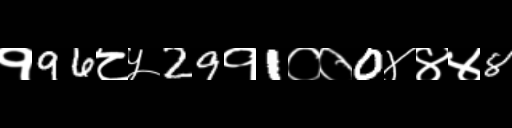
Text: १96८५29१1००0४४४8